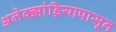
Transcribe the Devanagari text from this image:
अलेक्झांड्रियापासून